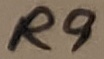
Text: R9